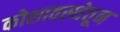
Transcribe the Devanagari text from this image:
कोशावस्थेतून